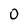
Character: 0